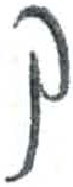
אות: ק